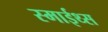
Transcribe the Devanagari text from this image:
स्माईथ्स